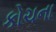
કોચના